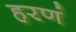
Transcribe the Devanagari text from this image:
हरणं